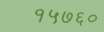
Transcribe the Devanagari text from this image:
१५७६०